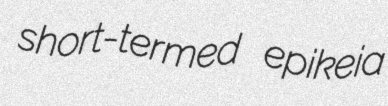
short-termed epikeia